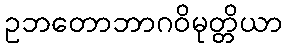
ဥဘတောဘာဂဝိမုတ္တိယာ